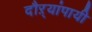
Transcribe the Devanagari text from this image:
दौऱ्यांपायी